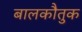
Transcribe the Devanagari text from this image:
बालकौतुक